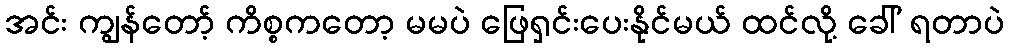
အင်း ကျွန်တော့် ကိစ္စကတော့ မမပဲ ဖြေရှင်းပေးနိုင်မယ် ထင်လို့ ခေါ် ရတာပဲ